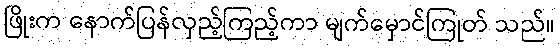
ဖြိုးက နောက်ပြန်လှည့်ကြည့်ကာ မျက်မှောင်ကြုတ် သည်။